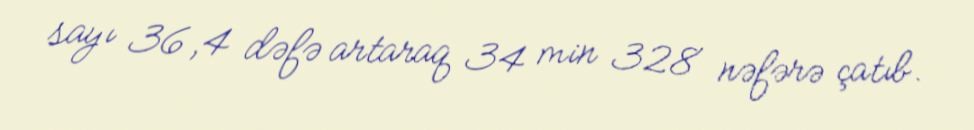
sayı 36,4 dəfə artaraq 34 min 328 nəfərə çatıb.